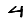
Digit: 4